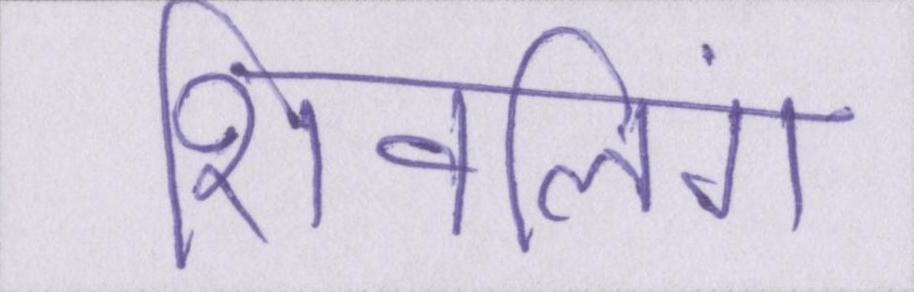
शिवलिंग